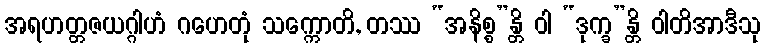
အရဟတ္တဇယဂ္ဂါဟံ ဂဟေတုံ သက္ကောတိ, တဿ “အနိစ္စ”န္တိ ဝါ “ဒုက္ခ”န္တိ ဝါတိအာဒီသု